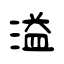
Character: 溢